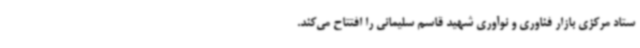
ستاد مرکزی بازار فناوری و نوآوری شهید قاسم سلیمانی را افتتاح می‌کند.